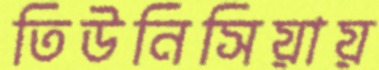
তিউনিসিয়ায়